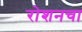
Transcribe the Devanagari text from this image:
रोशनचा